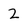
Character: 2